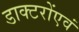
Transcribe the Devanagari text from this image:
डाक्टरोंएवं